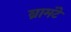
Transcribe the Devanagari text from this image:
ब्रामंटे